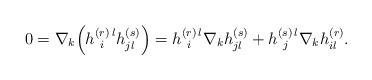
LaTeX: \begin{align*}0=\nabla_k\Big(h_{~i}^{(r)\, l}h^{(s)}_{jl}\Big)=h_{~i}^{(r)\, l}\nabla_kh^{(s)}_{jl}+h_{~j}^{(s)\, l}\nabla_kh^{(r)}_{il}.\end{align*}